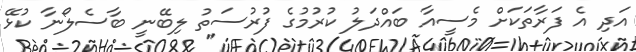
އަދި އެ ފަރާތަކަށް މެސީއާ ބައްދަލު ކުރުމުގެ ފުރުސަތު ލިބޭނީ ބާސެލޯނާ ކުޅޭ